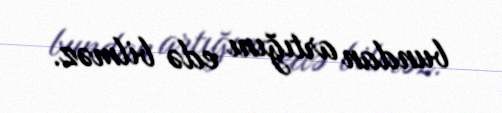
bundan artığını edə bilməz.